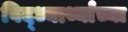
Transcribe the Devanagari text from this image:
विद्ध्यार्थ्यांच्या